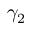
\gamma _ { 2 }